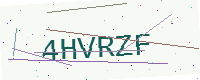
Text: 4HVRZF